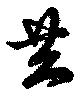
共